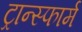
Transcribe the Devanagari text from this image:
ट्रान्स्फार्म